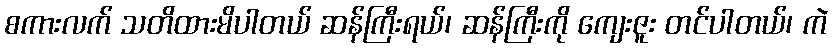
စကားလက် သတိထားမိပါတယ် ဆန်ကြီးရယ်၊ ဆန်ကြီးကို ကျေးဇူး တင်ပါတယ်၊ ကဲ